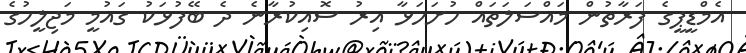
އެމްޑީޕީގެ ފަރާތުން މައްސަލަތައް ހުށަހަޅާ އިރު ސޮއިކުރާނެ ދެ ބޭފުޅަކު ގައުމީ މަޖިލީހުގެ